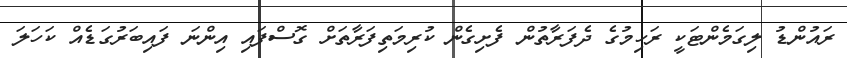
ރައުންޑު ލިގަމެންޓަކީ ރަހިމުގެ ދެފަރާތުން ފެށިގެން ކުރިމަތިފަރާތަށް ގޮސްފައި އިންނަ ފައިބަރުގަޑެއް ކަހަލަ